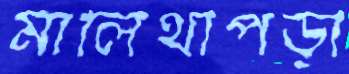
মালিথাপড়া